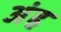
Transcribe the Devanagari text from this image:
अंह